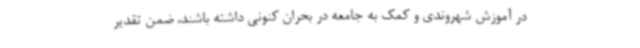
در آموزش شهروندی و کمک به جامعه در بحران کنونی داشته باشند، ضمن تقدیر